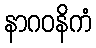
နာဂဝနိကံ